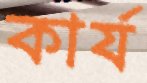
কার্য